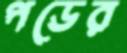
পডের